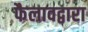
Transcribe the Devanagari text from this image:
फैलावद्वारा